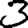
Digit: 3